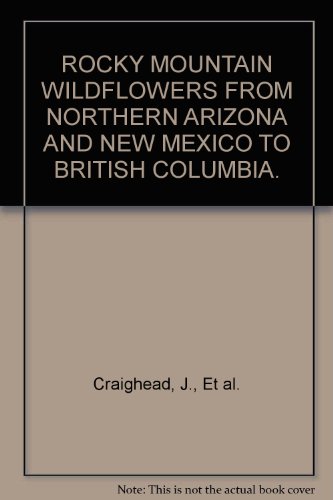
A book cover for ROCKY MOUNTAIN WILDFLOWERS FROM NORTHERN ARIZONA AND NEW MEXICO TO BRITISH COLUMBIA.; J., Et al. Craighead; Sports & Outdoors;